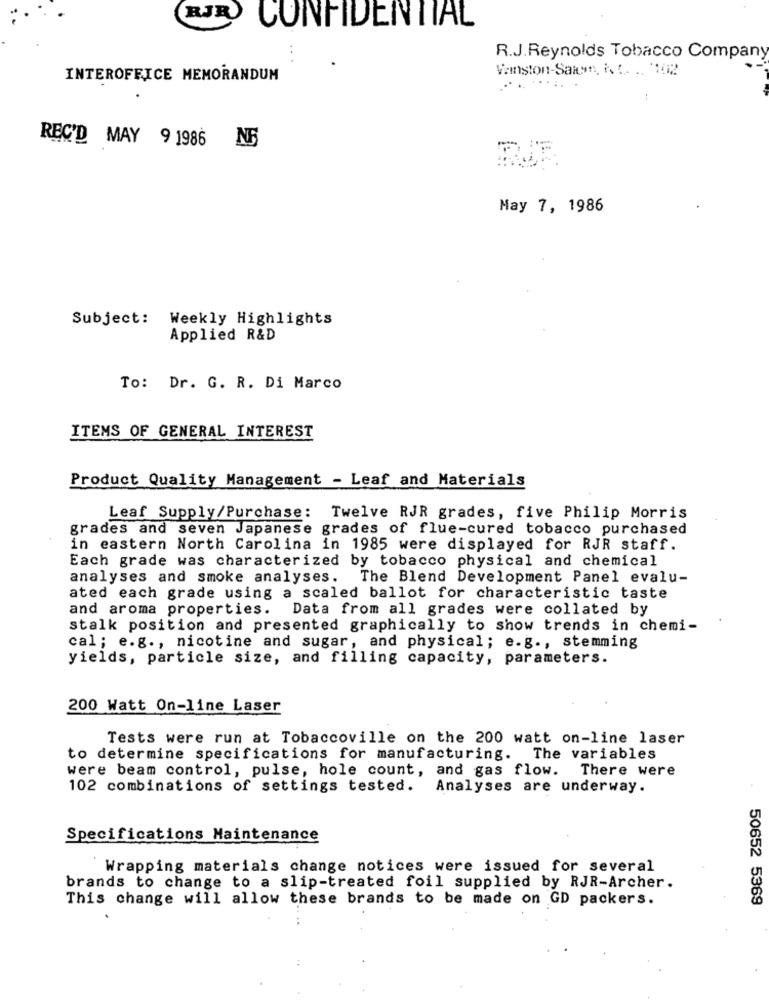
RJR
CONFIDENTIAL
...
R.J.Reynolds Tobacco Company
Vemston-Sawn. i. C. .. '102
INTEROFFICE MEMORANDUM
...:.
--
REC'D MAY 9 1986 NF
RIE
May 7, 1986
Subject: Weekly Highlights
Applied R&D
To: Dr. G. R. Di Marco
ITEMS OF GENERAL INTEREST
Product Quality Management - Leaf and Materials
Leaf Supply/Purchase: Twelve RJR grades, five Philip Morris
grades and seven Japanese grades of flue-cured tobacco purchased
in eastern North Carolina in 1985 were displayed for RJR staff.
Each grade was characterized by tobacco physical and chemical
analyses and smoke analyses. The Blend Development Panel evalu-
ated each grade using a scaled ballot for characteristic taste
and aroma properties. Data from all grades were collated by
stalk position and presented graphically to show trends in chemi-
cal; e.g ., nicotine and sugar, and physical; e.g ., stemming
yields, particle size, and filling capacity, parameters.
200 Watt On-line Laser
Tests were run at Tobaccoville on the 200 watt on-line laser
to determine specifications for manufacturing. The variables
were beam control, pulse, hole count, and gas flow.
There were
102 combinations of settings tested. Analyses are underway.
Specifications Maintenance
Wrapping materials change notices were issued for several
brands to change to a slip-treated foil supplied by RJR-Archer.
This change will allow these brands to be made on GD packers.
50652 5369